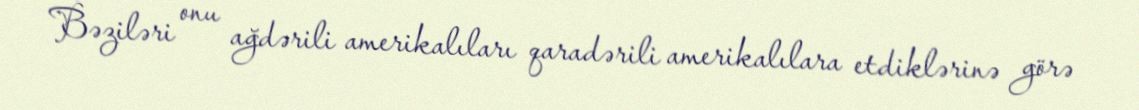
Bəziləri onu ağdərili amerikalıları qaradərili amerikalılara etdiklərinə görə